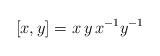
\begin{align*}[x,y]=x\,y\,x^{-1}y^{-1}\end{align*}